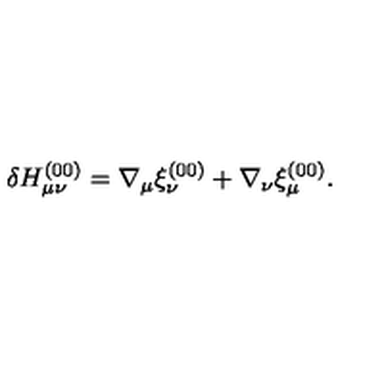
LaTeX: \delta H _ { \mu \nu } ^ { ( 0 0 ) } = \nabla _ { \mu } \xi _ { \nu } ^ { ( 0 0 ) } + \nabla _ { \nu } \xi _ { \mu } ^ { ( 0 0 ) } .